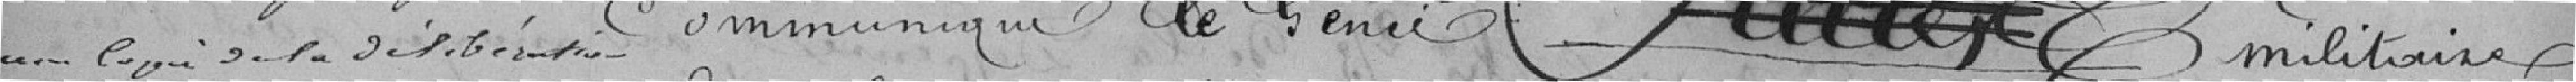
une copie de la délibération communiqué le Genie militaire